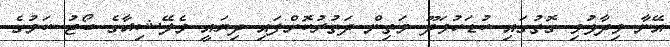
އޭނާ ވިދާޅުވި ގޮތުގައި ކުޑަހުވަދޫ މަތިން ދަަތުރުކޮށްފައި ދިޔައީ މެލޭޝިއާގެ ބޯޓު ކަމުގެ